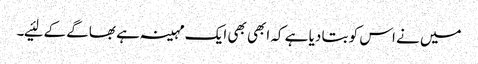
میں نے اس کو بتا دیا ہے کہ ابھی بھی ایک مہینہ ہے بھاگے کے لئیے۔